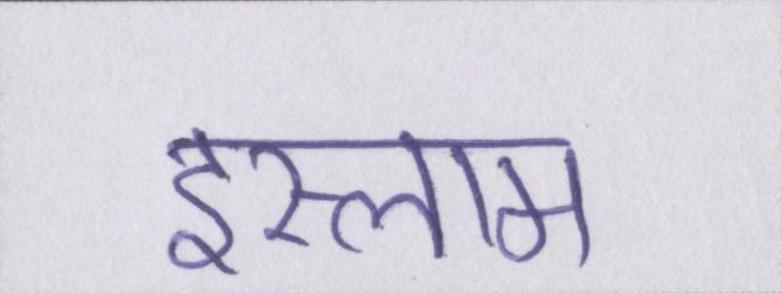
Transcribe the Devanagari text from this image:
इस्लाम